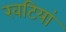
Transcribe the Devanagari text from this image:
खटियां